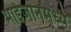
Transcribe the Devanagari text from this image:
भाईजानमध्ये